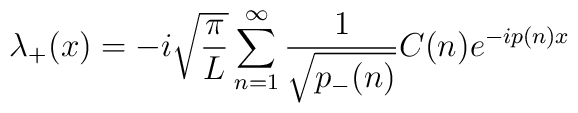
\lambda_+(x) = -i\sqrt{{\pi\over L}}\sum_{n=1}^\infty{1\over \sqrt{p_-(n)}} C(n)e^{-ip(n)x}